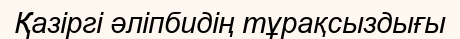
Қазіргі әліпбидің тұрақсыздығы